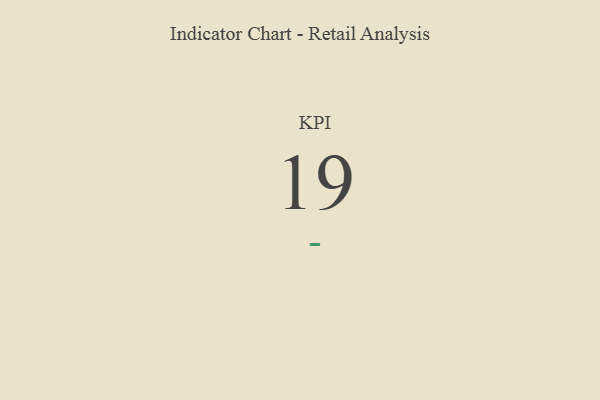
{"axis": {"x": "KPI", "y": "Value"}, "legend": [""], "data": [{"x": "KPI", "y": 19, "type": ""}]}